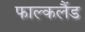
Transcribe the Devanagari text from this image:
फाल्कलैंड